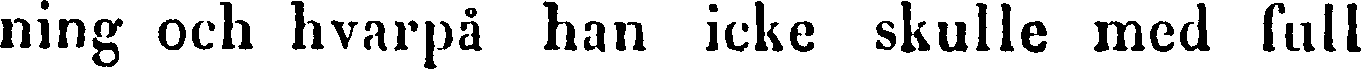
ning och hvarpå han icke skulle med full